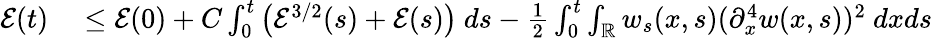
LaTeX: \begin{array}{rl}{\mathcal{E}(t)}&{{}\leq\mathcal{E}(0)+C\int_{0}^{t}\left(\mathcal{E}^{3/2}(s)+\mathcal{E}(s)\right)\ ds-\frac{1}{2}\int_{0}^{t}\int_{\mathbb R}w_{s}(x,s)(\partial_{x}^{4}w(x,s))^{2}\ dxds}\end{array}